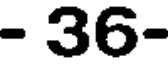
- 36-